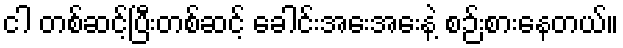
ငါ တစ်ဆင့်ပြီးတစ်ဆင့် ခေါင်းအေးအေးနဲ့ စဉ်းစားနေတယ်။